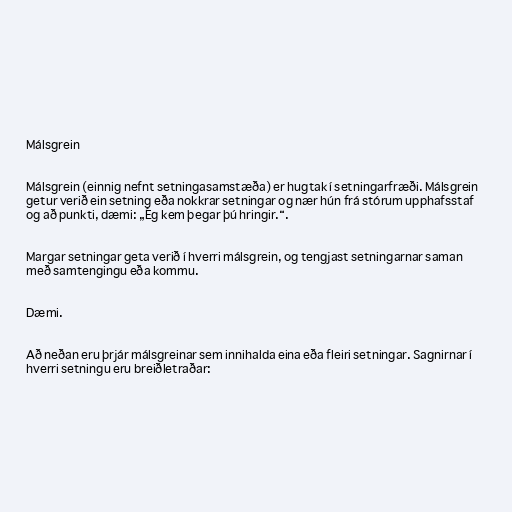
Málsgrein

Málsgrein (einnig nefnt setningasamstæða) er hugtak í setningarfræði. Málsgrein
getur verið ein setning eða nokkrar setningar og nær hún frá stórum upphafsstaf
og að punkti, dæmi: „Ég kem þegar þú hringir.“.

Margar setningar geta verið í hverri málsgrein, og tengjast setningarnar saman
með samtengingu eða kommu.

Dæmi.

Að neðan eru þrjár málsgreinar sem innihalda eina eða fleiri setningar. Sagnirnar í
hverri setningu eru breiðletraðar: